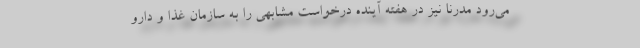
می‌رود مدرنا نیز در هفته آینده درخواست مشابهی را به سازمان غذا و دارو